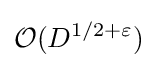
{\mathcal {O}}(D^{1/2+\varepsilon })